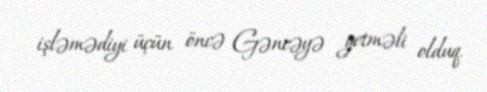
işləmədiyi üçün öncə Gəncəyə getməli olduq.